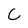
Character: C